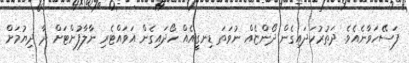
ފަސޭހަވާނެއެވެ. ދަތުރުހަދައިގެން ދޯންޏެއް ނުވަތަ ޑިނގީއެއް ހޯދައިގެން އަވައްޓެރި ނާލާފުށްޓަށް ދާ ދިޔުމަށް